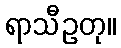
ရာသီဥတု။